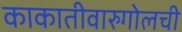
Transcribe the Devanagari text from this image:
काकातीवारुगोलची